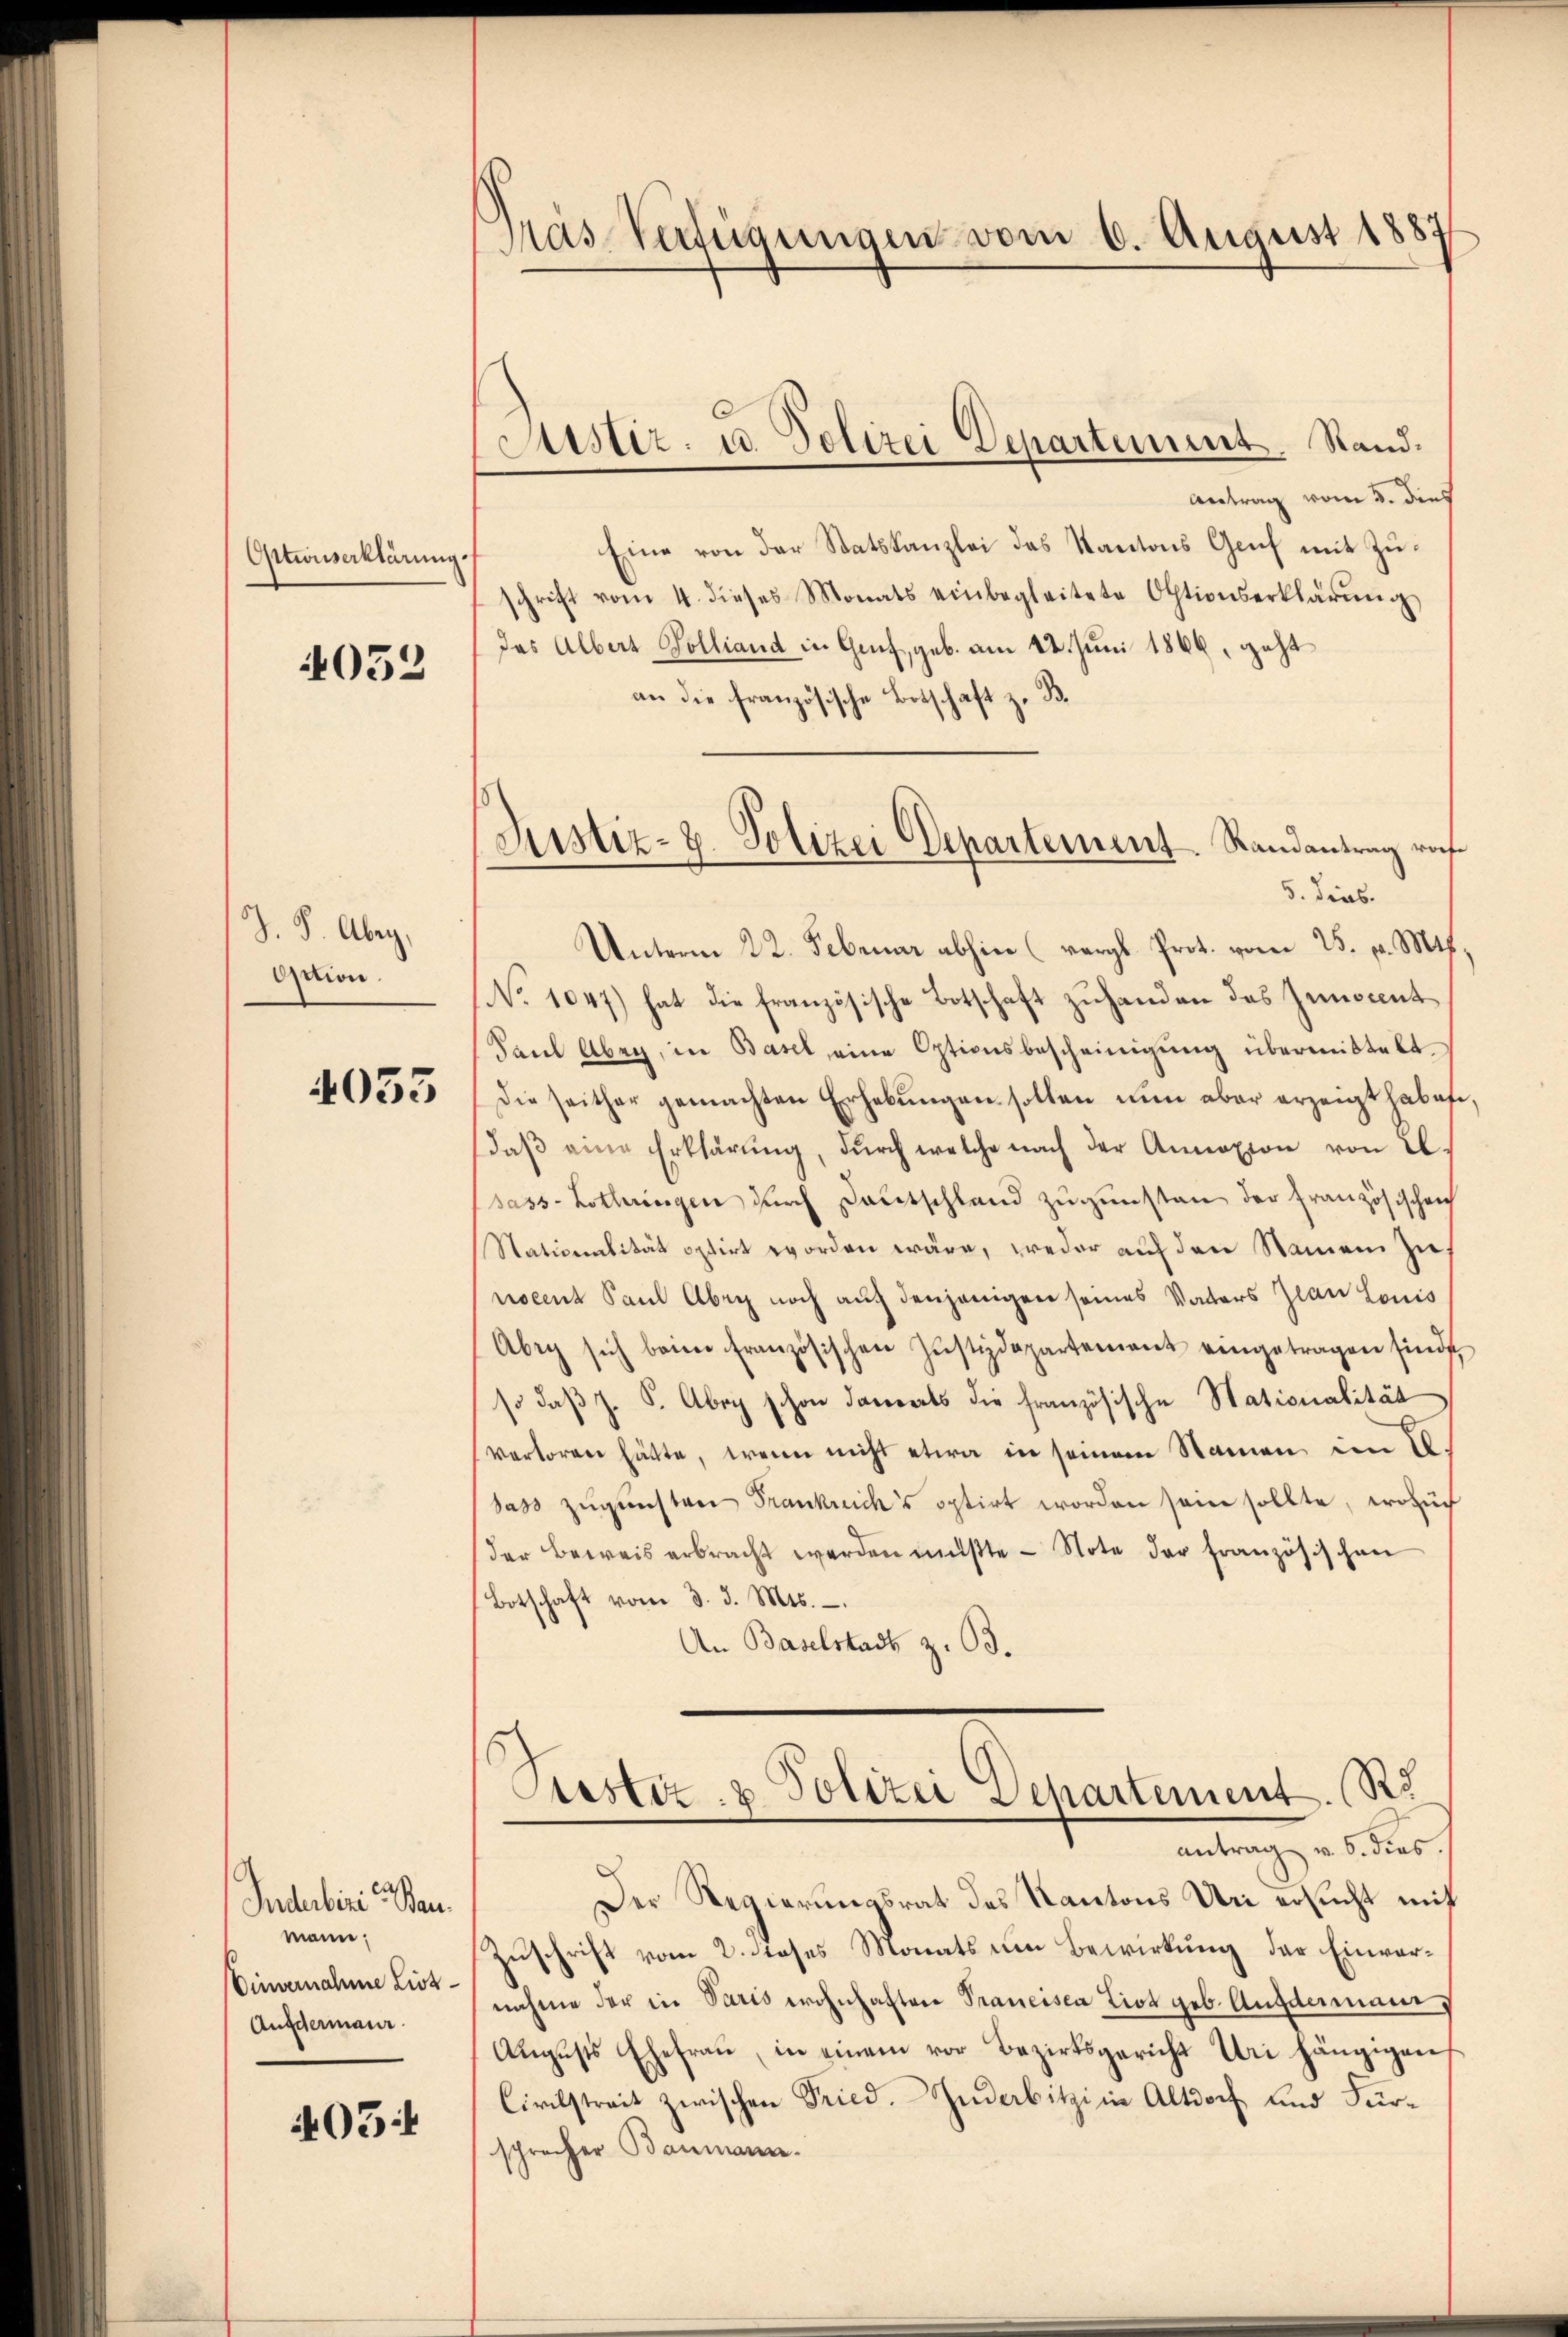
Aitionserklärung.

4052

J. P. Aber,
Oction.

4053

Inderberei an
mann;
Einvernahme List¬
Aufdermaur.

405:

Gras Verfügungen vom 6. August 18
f

Antrag vom 5. dies
Eine von der Statskanzlei das Kantons Genf mit Zuschrift vom 4. dieses Monats einbegleitete Oktionserklärŭng
das Albert Polliand in Genf, geb. am 22. Juni 1866, geht
an die französische Botschaft z. B.
5. dies.
Unterm 22. Februar abhin (vergl. Prot. vom 25. v. Mts.
No 1047) hat die französische Botschaft zuhanden das Zinocent
Paul Abeg, in Basel eine Optionsbescheinigung übermittelt.
Die seither gemachten Erhebŭngen sollen nŭn aber erzeigt habe.
daβ eine Erklärŭng, dŭrch welche nach der Annexion von 2.
sass-Lothringen dŭrch Deutschland zŭgŭnsten der Französischen
Stationalität optirt worden wäre, weder auf den Namen zunocent Paul Abrg noch auch denjenigen seines Vaters Jwan Louis
Abeg sich beim französischen Justizdepartement eingetragen sind,
so daß z. S. Abegg schon danerts die französische Stationalität
verloren hätte, wenn nicht etwa in seinem Namen im 20.
dass zugunsten Frankreich's optirt worden sein sollte, wofür
der Beweis erbracht werden müßte - Note der französischen
Botschaft vom 3. d. Mts.
An Baselstadt z. 93.

Justiz- u. Polizei Departement. Stand.

Justiz- u. Polizei Departement Randantrag rof

Puester & Polizei Departement. R
antrag v. 5. dies.

Der Regierungsrat des Kantons Uri ersucht mit
Zuschrift vom 2. Joses Monats um Bewirkung der Einvernahme der in Paris wohnhaften Prancisca Ziot geb. Aufdermann,
Aŭgusts Ehefrau, in einem vor Bezirksgericht Uri hängigen
Civilstreit zwischen Fried. Zuderbitzi in Altdorf und Fürsprocher Baumann.